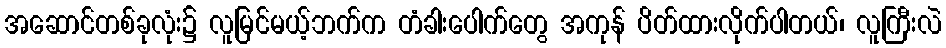
အဆောင်တစ်ခုလုံး၌ လူမြင်မယ့်ဘက်က တံခါးပေါက်တွေ အကုန် ပိတ်ထားလိုက်ပါတယ်၊ လူကြီးလဲ